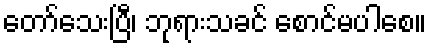
တော်သေးပြီ၊ ဘုရားသခင် စောင်မပါစေ။